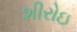
શીરોઇ